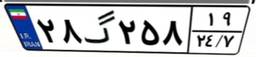
۲۸گ۲۵۸۱۹